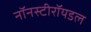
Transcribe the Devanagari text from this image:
नॉनस्टीरॉयडल